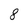
Character: 8